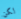
لكن